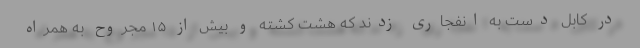
در کابل دست به انفجاری زدند که هشت کشته و بیش از ۱۵ مجروح به همراه